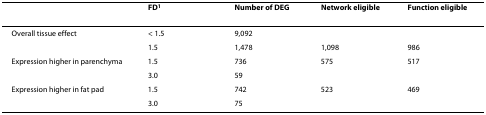
|  | FD1 | Number of DEG | Network eligible | Function eligible |
 | --- | --- | --- | --- | --- |
 | Overall tissue effect | < 1.5 | 9,092 |  |  |
 |  | 1.5 | 1,478 | 1,098 | 986 |
 | Expression higher in parenchyma | 1.5 | 736 | 575 | 517 |
 |  | 3.0 | 59 |  |  |
 | Expression higher in fat pad | 1.5 | 742 | 523 | 469 |
 |  | 3.0 | 75 |  |  |